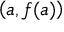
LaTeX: \left( a , f ( a ) \right)